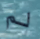
لم